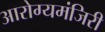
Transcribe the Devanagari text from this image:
आरोग्यमंजिरी